Etiology and epidemiology of plague
Disease focus: Plague
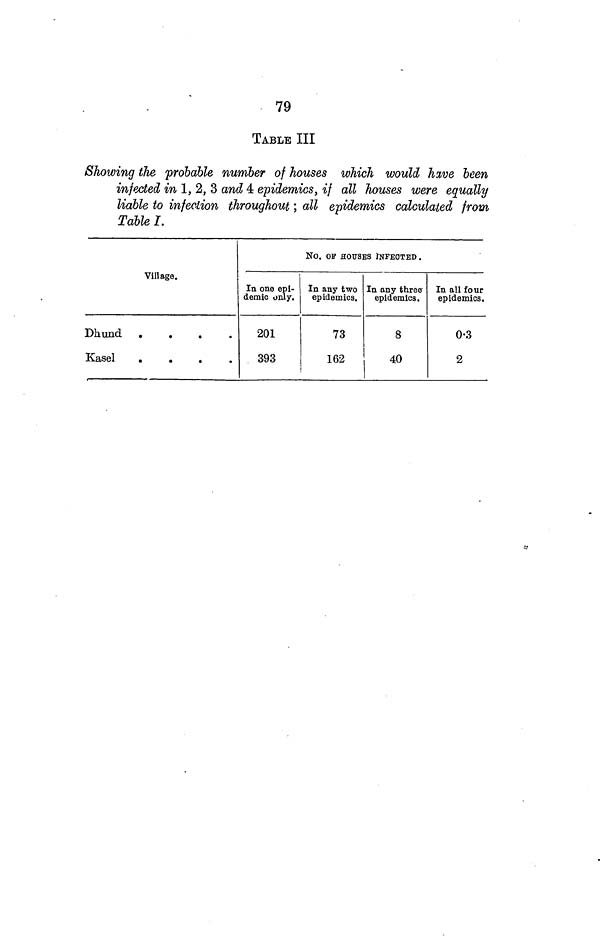
79
TABLE III
Showing the probable number of houses which would have been
infected in 1, 2, 3 and 4 epidemics, if all houses were equally
liable to infection throughout; all epidemics calculated from
Table I.
Village.
Dhund
....
Kasel
....
No. OF HOUSES INFECTED .
In one epi-
demic only.
201
393
In any two
epidemics.
73
162
In any three
epidemics.
8
40
In all four
epidemics.
0 3
2